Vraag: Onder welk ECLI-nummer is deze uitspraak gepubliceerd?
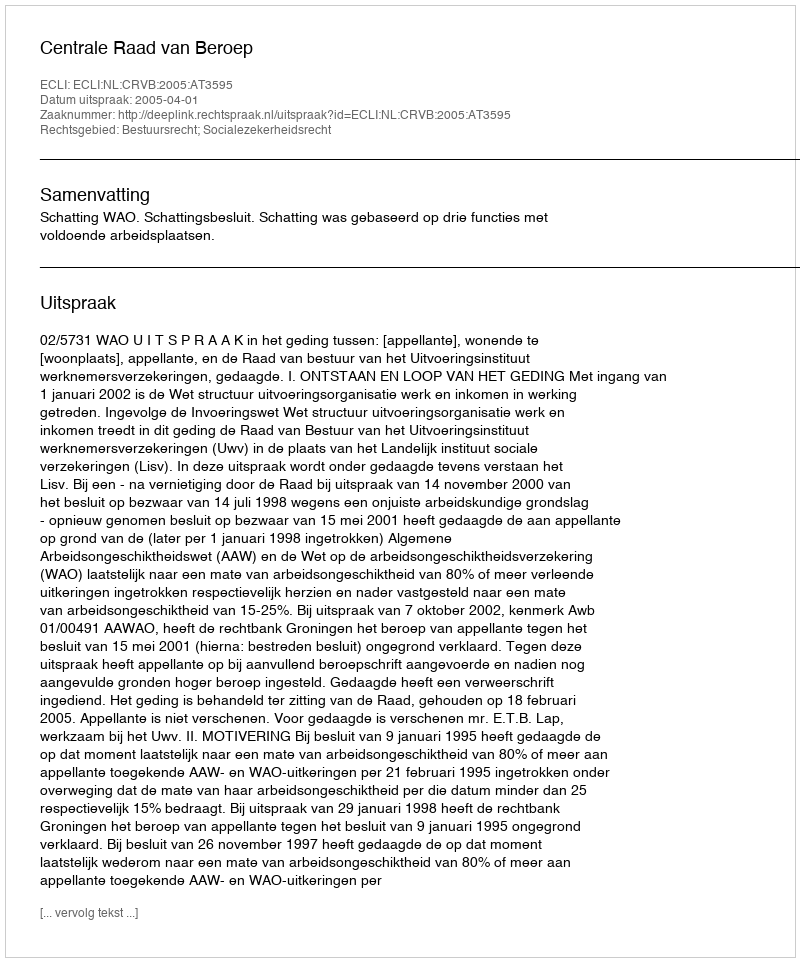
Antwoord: ECLI:NL:CRVB:2005:AT3595